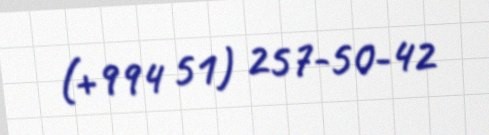
(+994 51) 257-50-42